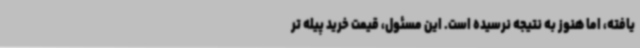
یافته، اما هنوز به نتیجه نرسیده است. این مسئول، قیمت خرید پیله تر